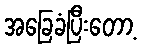
အခြေခံပြီးတော့